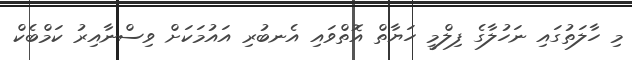
މި ހާލަތުގައި ނަހުލާގެ ފިލްމީ ހަޔާތް އޮތްވައި އެނބުރި އައުމަކަށް ވިސްނާއިރު ކަމްބެކް